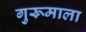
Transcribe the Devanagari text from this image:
गुरूमाला